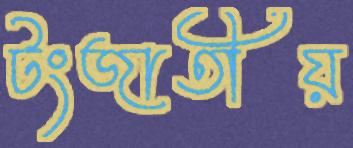
টংজাতীয়